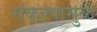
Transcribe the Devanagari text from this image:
संकल्पामुळे